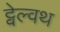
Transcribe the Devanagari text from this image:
ट्वेल्वथ